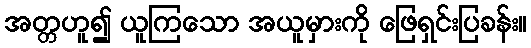
အတ္တဟူ၍ ယူကြသော အယူမှားကို ဖြေရှင်းပြခန်း။